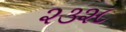
૨૩૨૮